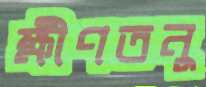
ক্ষীণতনু